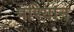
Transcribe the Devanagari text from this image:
परियान